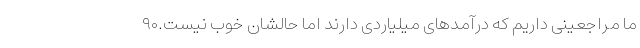
ما مراجعینی داریم که درآمدهای میلیاردی دارند اما حالشان خوب نیست.۹۰